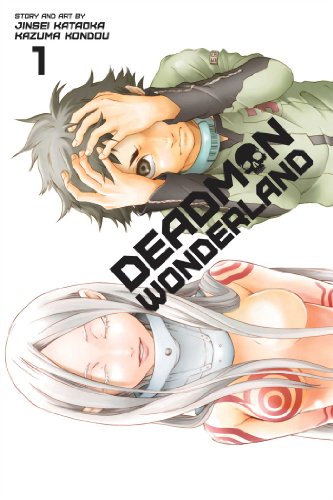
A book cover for Deadman Wonderland, Vol. 1; Jinsei Kataoka; Comics & Graphic Novels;